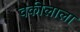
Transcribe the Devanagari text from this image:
वकीलाला